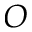
O